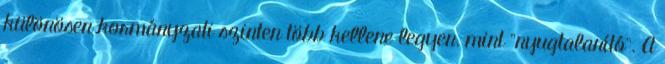
különösen kormányzati szinten több kellene legyen, mint "nyugtalanító". A